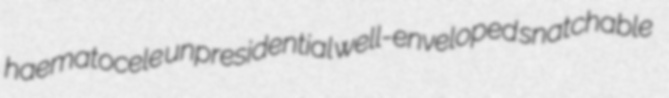
haematocele unpresidential well-enveloped snatchable